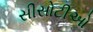
સીસોટીઓ